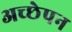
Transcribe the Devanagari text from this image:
अच्छेपन